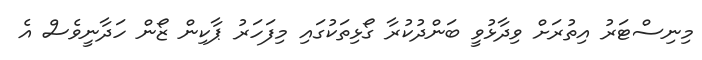
މިނިސްޓަރު އިތުރަށް ވިދާޅުވީ ބަންދުކުރާ ގޯޅިތަކުގައި މިފަހަރު ޕާކިން ޒޯން ހަދާނީވެސް އެ